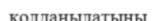
қолданылатыны